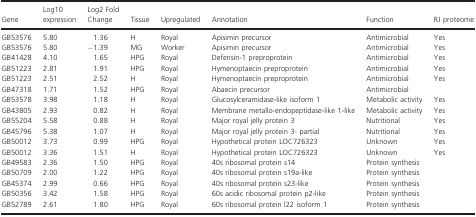
<table><thead><tr><td><b>Gene</b></td><td><b>Log10 expression</b></td><td><b>Log2 Fold Change</b></td><td><b>Tissue</b></td><td><b>Upregulated</b></td><td><b>Annotation</b></td><td><b>Function</b></td><td><b>RJ proteome</b></td></tr></thead><tbody><tr><td>GB53576</td><td>5.80</td><td>1.36</td><td>H</td><td>Royal</td><td>Apisimin precursor</td><td>Antimicrobial</td><td>Yes</td></tr><tr><td>GB53576</td><td>5.80</td><td>−1.39</td><td>MG</td><td>Worker</td><td>Apisimin precursor</td><td>Antimicrobial</td><td>Yes</td></tr><tr><td>GB41428</td><td>4.10</td><td>1.65</td><td>HPG</td><td>Royal</td><td>Defensin‐1 preproprotein</td><td>Antimicrobial</td><td>Yes</td></tr><tr><td>GB51223</td><td>2.81</td><td>1.91</td><td>HPG</td><td>Royal</td><td>Hymenoptaecin preproprotein</td><td>Antimicrobial</td><td>Yes</td></tr><tr><td>GB51223</td><td>2.51</td><td>2.52</td><td>H</td><td>Royal</td><td>Hymenoptaecin preproprotein</td><td>Antimicrobial</td><td>Yes</td></tr><tr><td>GB47318</td><td>1.71</td><td>1.52</td><td>HPG</td><td>Royal</td><td>Abaecin precursor</td><td>Antimicrobial</td><td></td></tr><tr><td>GB53578</td><td>3.98</td><td>1.18</td><td>H</td><td>Royal</td><td>Glucosylceramidase‐like isoform 1</td><td>Metabolic activity</td><td>Yes</td></tr><tr><td>GB43805</td><td>2.93</td><td>0.82</td><td>H</td><td>Royal</td><td>Membrane metallo‐endopeptidase‐like 1‐like</td><td>Metabolic activity</td><td>Yes</td></tr><tr><td>GB55204</td><td>5.58</td><td>0.88</td><td>H</td><td>Royal</td><td>Major royal jelly protein 3</td><td>Nutritional</td><td>Yes</td></tr><tr><td>GB45796</td><td>5.38</td><td>1.07</td><td>H</td><td>Royal</td><td>Major royal jelly protein 3‐ partial</td><td>Nutritional</td><td>Yes</td></tr><tr><td>GB50012</td><td>3.73</td><td>0.99</td><td>HPG</td><td>Royal</td><td>Hypothetical protein LOC726323</td><td>Unknown</td><td>Yes</td></tr><tr><td>GB50012</td><td>3.36</td><td>1.51</td><td>H</td><td>Royal</td><td>Hypothetical protein LOC726323</td><td>Unknown</td><td>Yes</td></tr><tr><td>GB49583</td><td>2.36</td><td>1.50</td><td>HPG</td><td>Royal</td><td>40s ribosomal protein s14</td><td>Protein synthesis</td><td></td></tr><tr><td>GB50709</td><td>2.00</td><td>1.22</td><td>HPG</td><td>Royal</td><td>40s ribosomal protein s19a‐like</td><td>Protein synthesis</td><td></td></tr><tr><td>GB45374</td><td>2.99</td><td>0.66</td><td>HPG</td><td>Royal</td><td>40s ribosomal protein s23‐like</td><td>Protein synthesis</td><td></td></tr><tr><td>GB50356</td><td>3.42</td><td>1.58</td><td>HPG</td><td>Royal</td><td>60s acidic ribosomal protein p2‐like</td><td>Protein synthesis</td><td></td></tr><tr><td>GB52789</td><td>2.61</td><td>1.80</td><td>HPG</td><td>Royal</td><td>60s ribosomal protein l22 isoform 1</td><td>Protein synthesis</td><td></td></tr></tbody></table>